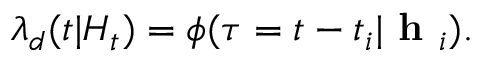
\lambda _ { d } ( t | H _ { t } ) = \phi ( \tau = t - t _ { i } | \textbf { h } _ { i } ) .